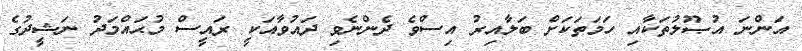
އަންނަ އުޞޫލުތަކާއި ހަމަތަކަށް ބަލާއިރު އިސްވެ ދެންނެވި ދައުވާއަކީ ރައީސް މުޙައްމަދު ނަޝީދުގެ